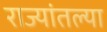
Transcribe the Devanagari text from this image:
राज्यांतल्या